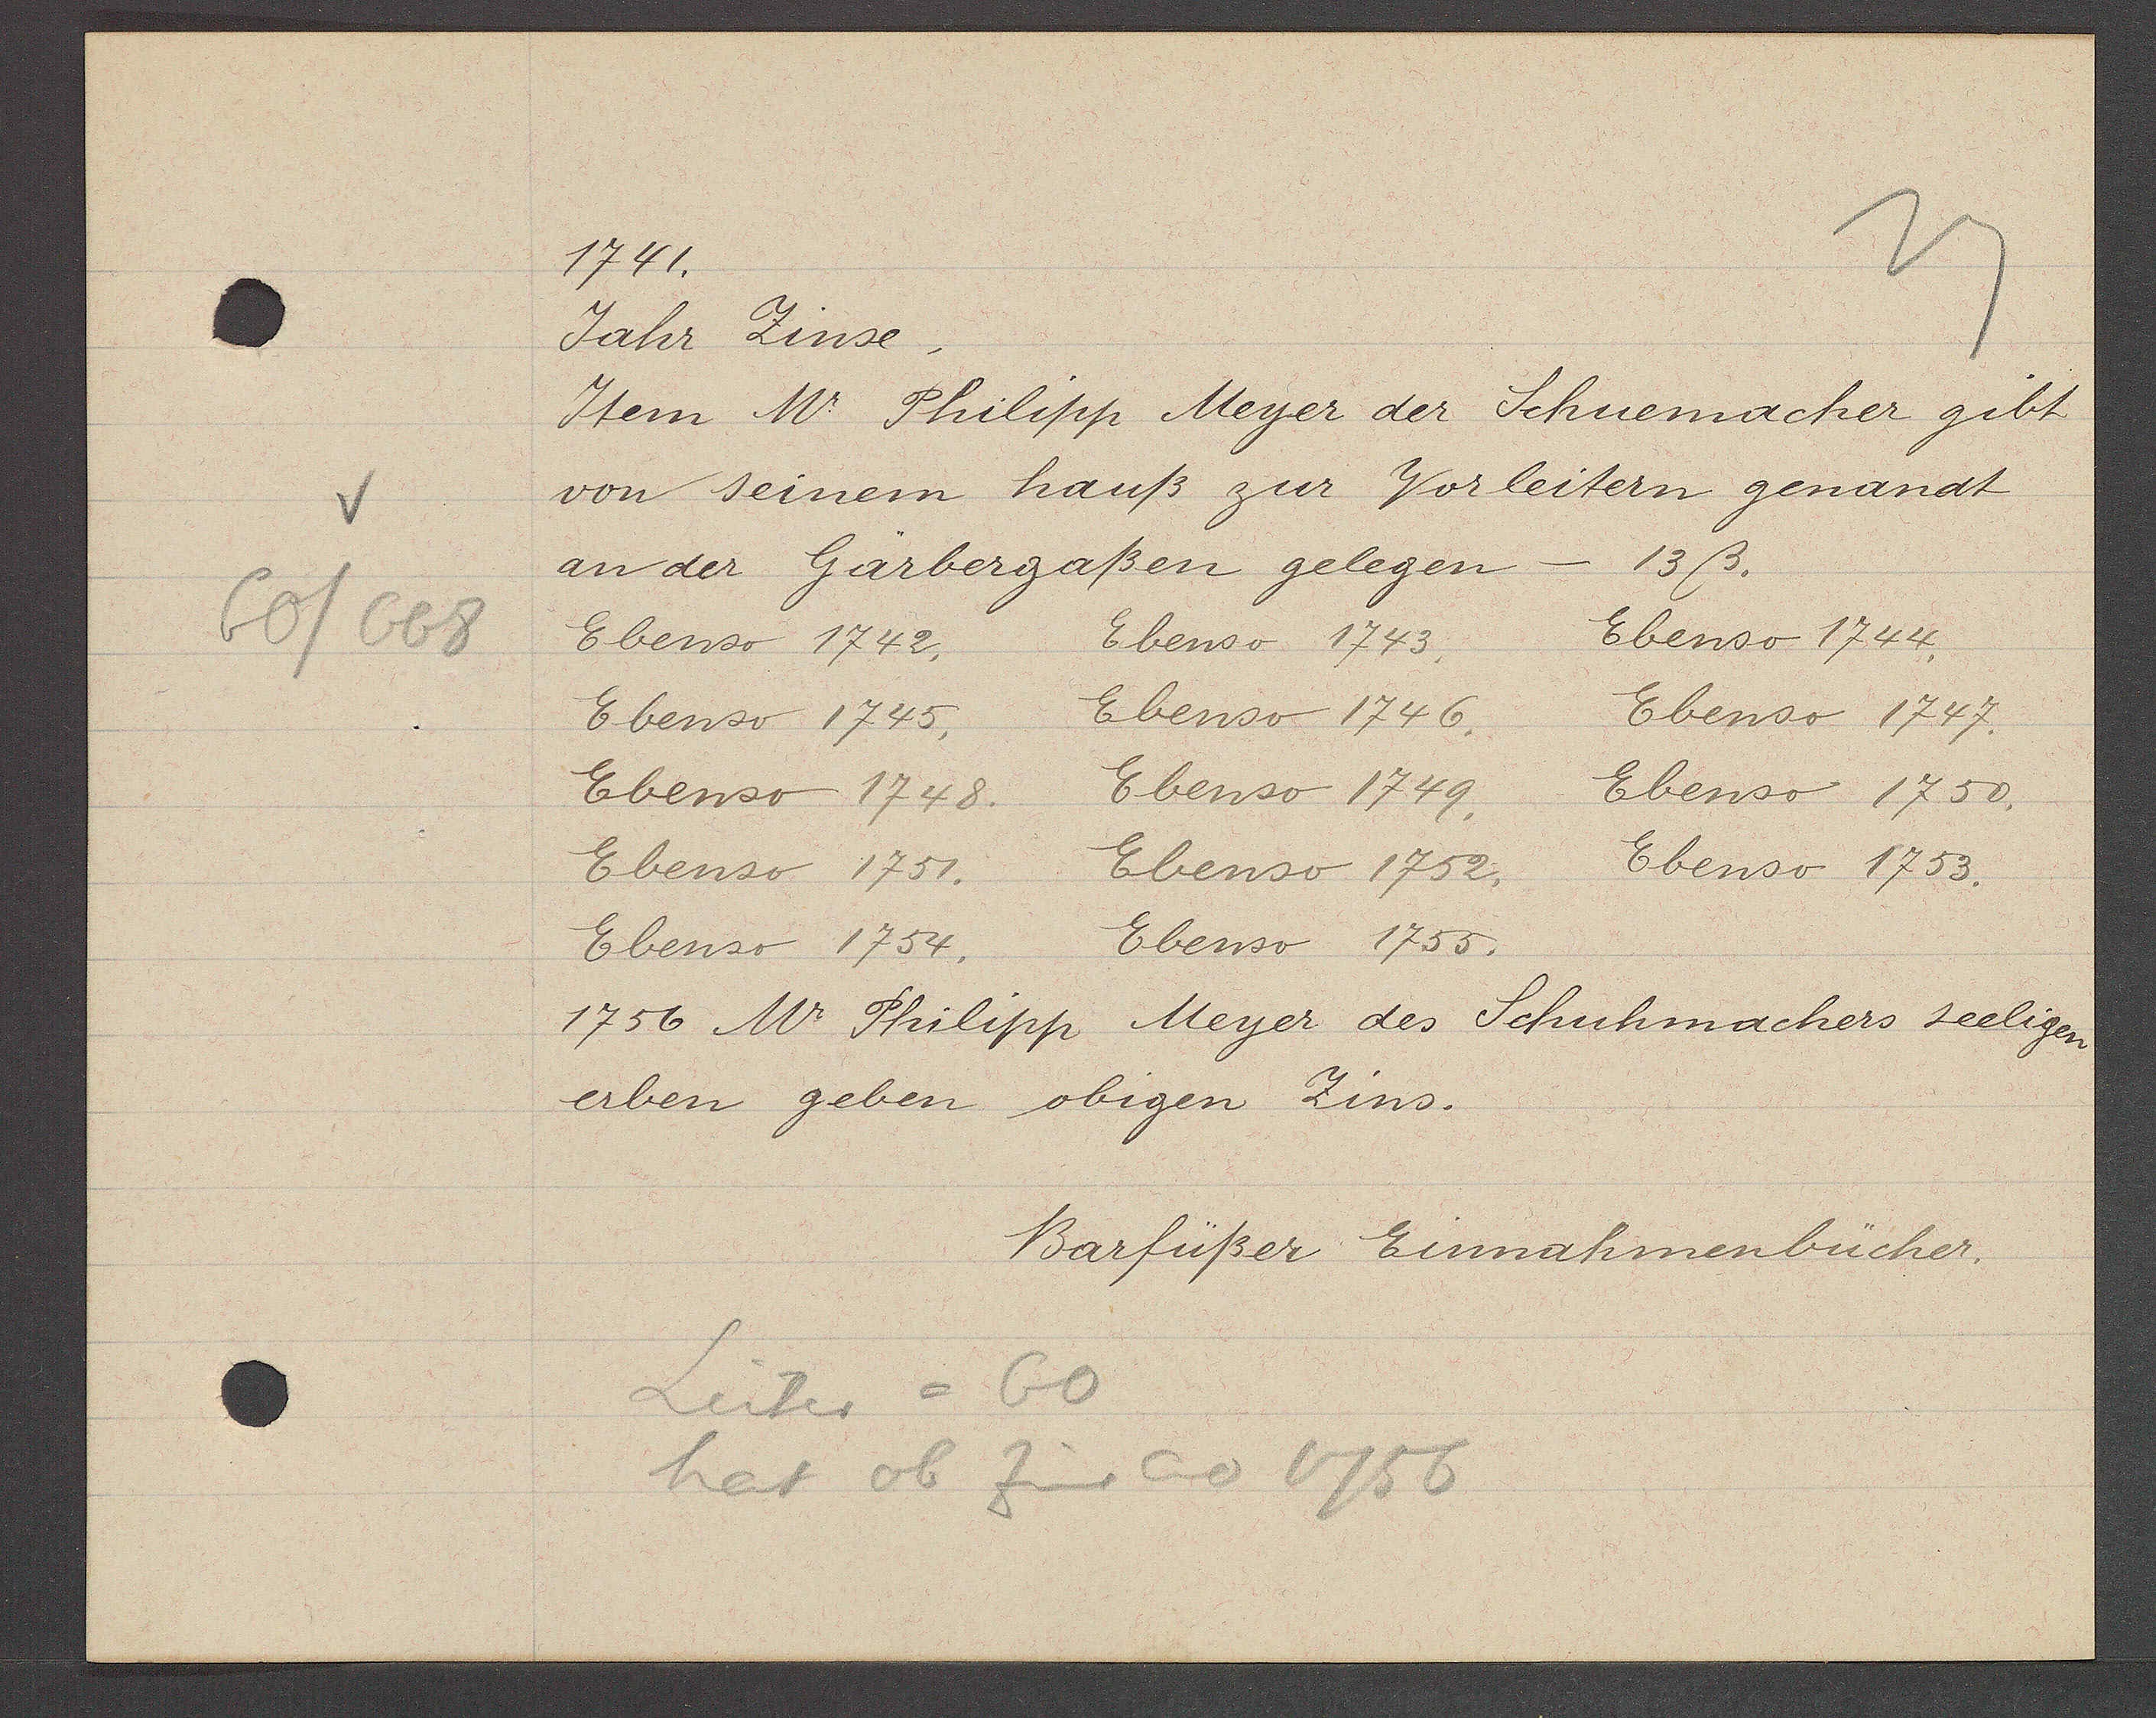
Transcript:
60/668

1741.

Jahr Zinse.
Item Mr. Philipp Meyer der Schuemacher gibt
von seinem hauß zur Vorleitern genandt
13ß.
an der Gärbergaßen gelegen
Ebenso 1744.
Ebenso 1743
Ebenso 1742.
Ebenso 1746.
Ebenso 1747.
Ebenso 1745.
Ebenso 1750.
Ebenso 1749.
Ebenso 1748.
Ebenso 1753.
Ebenso 1752.
Ebenso 1751.
Ebenso 1755.
Ebenso 1754.
1756 Mr. Philipp Meyer des Schuhmachers seeligen
erben geben obigen Zins.

Barfüßer Einnahmenbücher.

Leiter = 60
hat ob Zins ao 1756